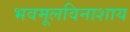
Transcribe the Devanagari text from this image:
भवमूलविनाशाय